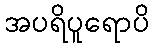
အပရိပူရောပိ